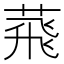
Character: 𦴧